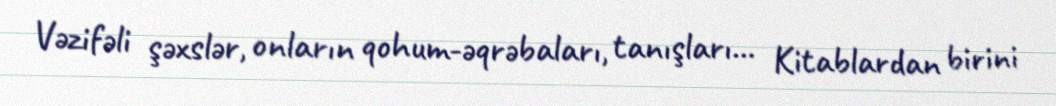
Vəzifəli şəxslər, onların qohum-əqrəbaları, tanışları... Kitablardan birini